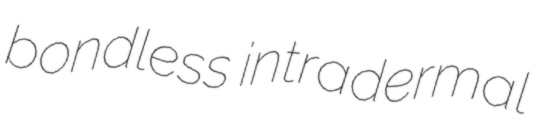
bondless intradermal